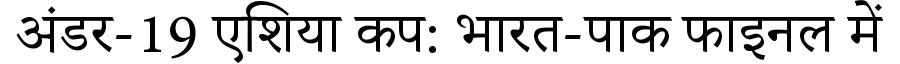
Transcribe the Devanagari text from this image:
अंडर-19 एशिया कप: भारत-पाक फाइनल में